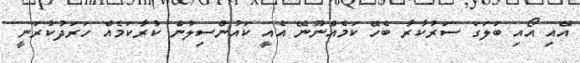
އޭއި އޯއި ބަލަގަ ސަރުކާރާ ބެހޭ ކަމެއްނޫނޭ އެއީ ކައުންސިލުން ކުރާކަމެއް ހަރަދުކުރަނީ